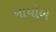
નાયોબ